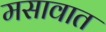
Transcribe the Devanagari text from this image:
मसावात